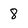
Character: 8